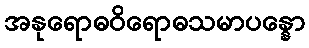
အနုရောဓဝိရောဓသမာပန္နော